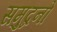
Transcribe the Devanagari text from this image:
समुद्रनो